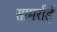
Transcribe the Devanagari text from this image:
सामर्राई